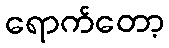
ရောက်တော့